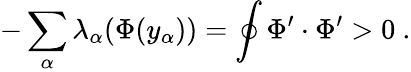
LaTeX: -\sum_{\alpha}\lambda_{\alpha}(\Phi(y_{\alpha}))=\oint\Phi^{\prime}\cdot\Phi^{\prime}>0~.